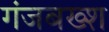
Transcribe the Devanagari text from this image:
गंजबख्श